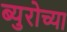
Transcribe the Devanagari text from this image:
ब्युरोच्या